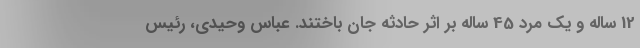
12 ساله و یک مرد 45 ساله بر اثر حادثه جان باختند. عباس وحیدی، رئیس